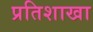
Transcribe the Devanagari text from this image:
प्रतिशाखा